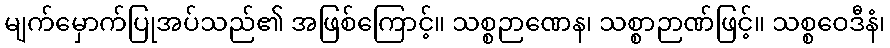
မျက်မှောက်ပြုအပ်သည်၏ အဖြစ်ကြောင့်။ သစ္စဉာဏေန၊ သစ္စာဉာဏ်ဖြင့်။ သစ္စဝေဒီနံ၊